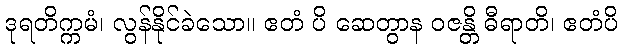
ဒုရတိက္ကမံ၊ လွန်နိုင်ခဲသော။ ဧတံ ပိ ဆေတွာန ဝဇန္တိ ဓီရာတိ၊ ဧတံပိ